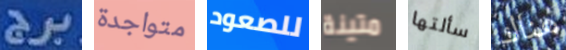
برج متواجدة للصعود متينة سألتها هناك